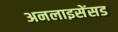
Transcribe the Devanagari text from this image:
अनलाइसेंसड